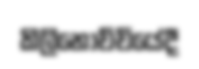
කිලිනොච්චියේදී